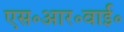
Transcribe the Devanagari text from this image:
एस॰आर॰वाई॰